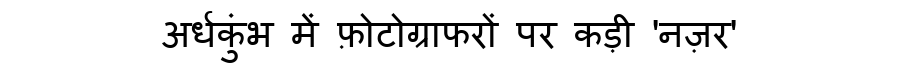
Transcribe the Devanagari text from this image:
अर्धकुंभ में फ़ोटोग्राफरों पर कड़ी 'नज़र'